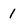
Character: 1